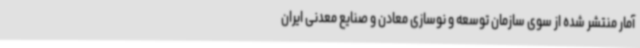
آمار منتشر شده از سوی سازمان توسعه و نوسازی معادن و صنایع معدنی ایران